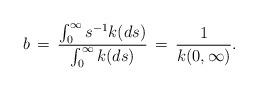
LaTeX: \begin{align*}b \, = \, \frac{\int_0^\infty s^{-1}k(ds)}{ \int_0^\infty k(ds)} \, = \, \frac{1}{k(0, \infty)}.\end{align*}